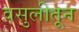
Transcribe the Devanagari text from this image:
वसुलीतून